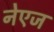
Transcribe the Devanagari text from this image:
नेएज